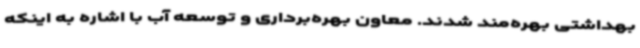
بهداشتی بهره‌مند شدند. معاون بهره‌برداری و توسعه آب با اشاره به اینکه